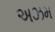
અઝમ